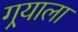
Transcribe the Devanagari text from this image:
गर्‍याला